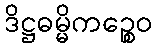
ဒိဋ္ဌဓမ္မိကဉ္စေဝ